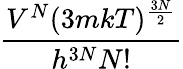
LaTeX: \frac{V^{N}(3mkT)^{\frac{3N}{2}}}{h^{3N}N!}